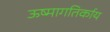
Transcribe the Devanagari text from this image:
ऊष्मागतिर्काय